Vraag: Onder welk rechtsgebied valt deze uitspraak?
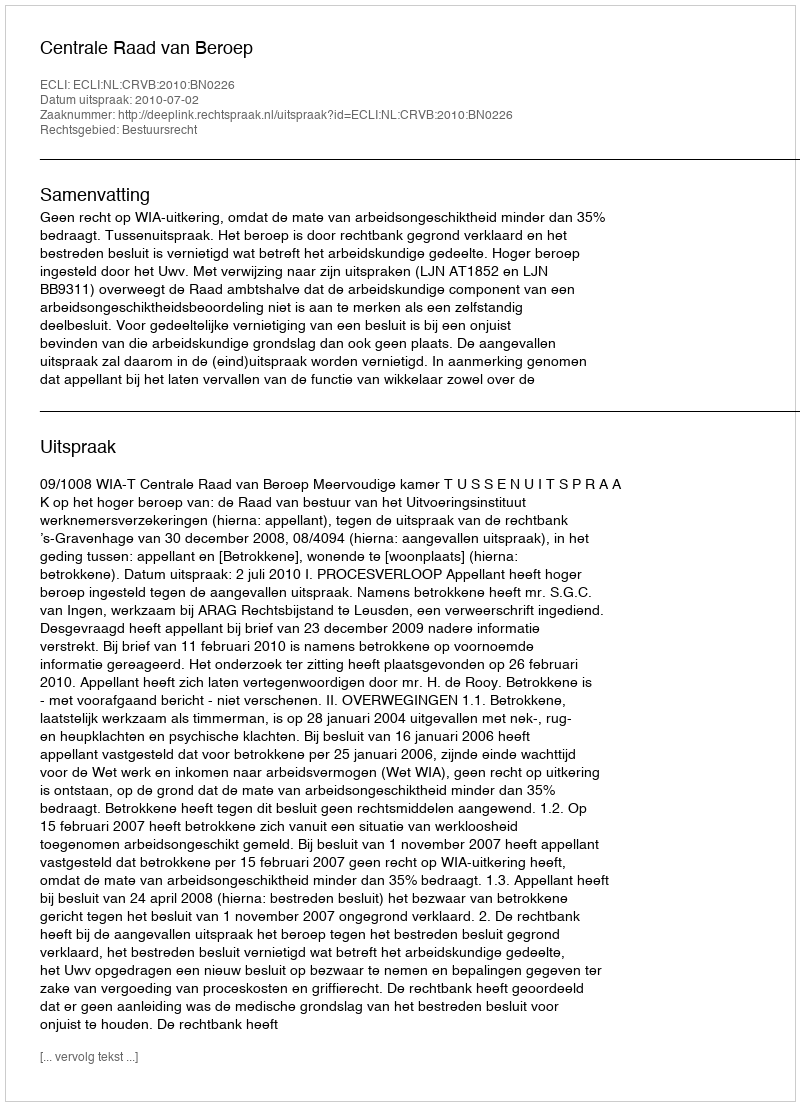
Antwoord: Bestuursrecht